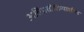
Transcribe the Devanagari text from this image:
अतिप्रतीक्रियाशील